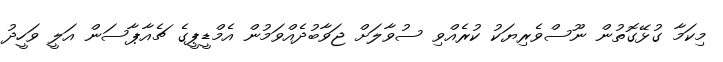
މިކަމާ ގުޅޭގޮތުން ނޫސްވެރިޔަކު ކުރެއްވި ސުވާލަށް ޖަވާބުދެއްވަމުން އެމްޑީޕީގެ ޗެއާޕާސަން އަލީ ވަހީދު